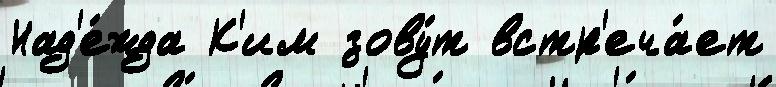
Над'е́жда К'им зову́т встр'еча́ет